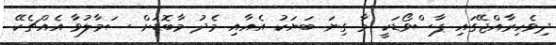
ދިވެހިރާއްޖޭގައި ޕާސްވޯޑަކީ މާ ގިނަ ބަޔަކު އެއާއި މެދު މާބޮޑަށް ސަމާލުވާ އެއްޗެކޭ